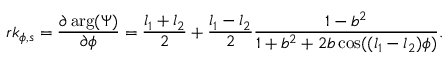
r k _ { \phi , s } = \frac { \partial \arg ( \Psi ) } { \partial \phi } = \frac { l _ { 1 } + l _ { 2 } } { 2 } + \frac { l _ { 1 } - l _ { 2 } } { 2 } \frac { 1 - b ^ { 2 } } { 1 + b ^ { 2 } + 2 b \cos ( ( l _ { 1 } - l _ { 2 } ) \phi ) } .